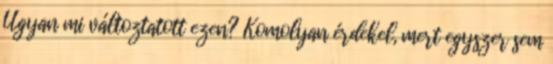
Ugyan mi változtatott ezen? Komolyan érdekel, mert egyszer sem